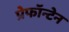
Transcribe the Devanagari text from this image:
प्रेफॉन्टेन